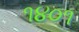
૧૪૦૧